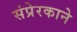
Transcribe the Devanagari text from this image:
संप्रेरकाने